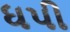
ધપી